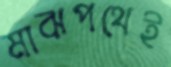
মাঝপথেই